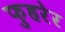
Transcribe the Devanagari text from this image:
फुहरेर